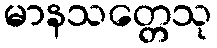
မာနသတ္တေသု